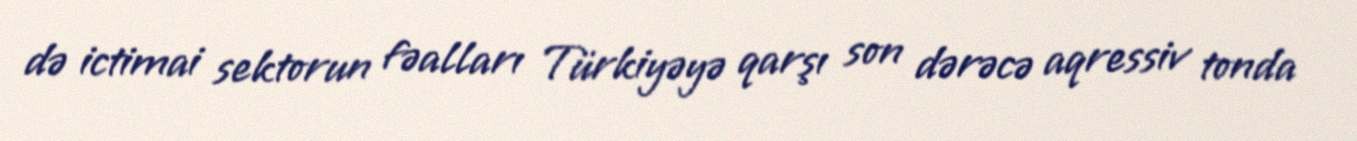
də ictimai sektorun fəalları Türkiyəyə qarşı son dərəcə aqressiv tonda